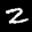
Label: 2